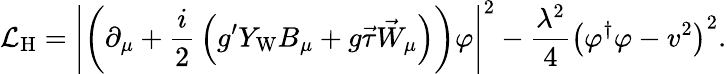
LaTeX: {\mathcal{L}}_{\mathrm{H}}=\left|\left(\partial_{\mu}+{\frac{i}{2}}\left(g^{\prime}Y_{\mathrm{W}}B_{\mu}+g{\vec{\tau}}{\vec{W}}_{\mu}\right)\right)\varphi\right|^{2}-{\frac{\lambda^{2}}{4}}\left(\varphi^{\dagger}\varphi-v^{2}\right)^{2}.